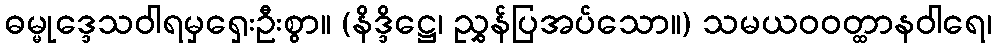
ဓမ္မုဒ္ဒေသဝါရမှရှေးဦးစွာ။ (နိဒ္ဒိဋ္ဌေ၊ ညွှန်ပြအပ်သော။) သမယဝဝတ္ထာနဝါရေ၊